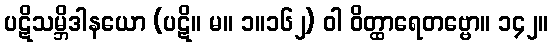
ပဋိသမ္ဘိဒါနယော (ပဋိ။ မ။ ၁။၁၆၂) ဝါ ဝိတ္ထာရေတဗ္ဗော။ ၁၄၂။